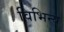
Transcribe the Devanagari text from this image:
विभिन्य